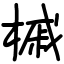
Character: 槭